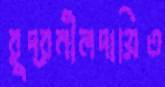
রুদ্রনীলদায়িত